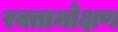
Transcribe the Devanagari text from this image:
रक्तामोक्षण